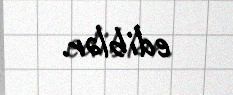
ediblər.